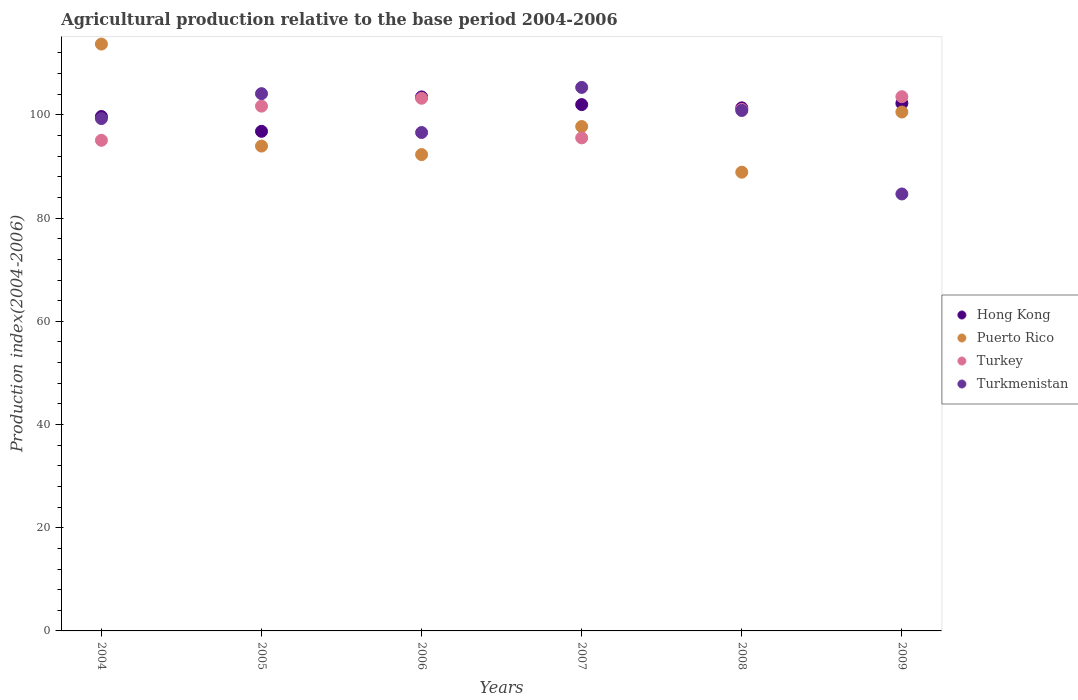
| Years | Hong Kong | Puerto Rico | Turkey | Turkmenistan |
 | --- | --- | --- | --- | --- |
 | 2004 | 99.7 | 114 | 95.1 | 99.3 |
 | 2005 | 96.8 | 94 | 102 | 104 |
 | 2006 | 103 | 92.3 | 103 | 96.6 |
 | 2007 | 102 | 97.8 | 95.5 | 105 |
 | 2008 | 101 | 88.9 | 101 | 101 |
 | 2009 | 102 | 101 | 104 | 84.7 |